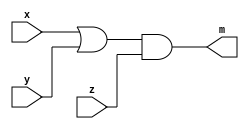
module Lab1_UDP(input x,y,z, output m);
    wire w;
    or   G1(w, x, y);
    and  G2(m, w, z);
endmodule